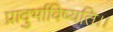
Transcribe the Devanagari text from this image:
प्रादुर्भाविष्यति।।